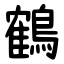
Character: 鶴